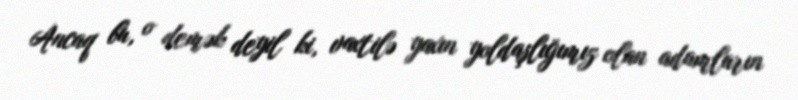
Ancaq bu, o demək deyil ki, vaxtilə yaxın yoldaşlığımız olan adamların